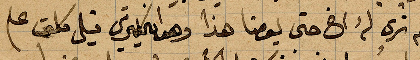
لم نرى له اخ حتى يومنا هذا و...قيل كلمة علم